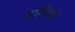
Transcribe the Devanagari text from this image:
यांचिया